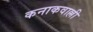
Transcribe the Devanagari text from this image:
कनाकवाल्ली